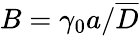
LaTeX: B=\gamma_{0}a/\overline{{D}}